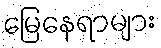
မြေနေရာများ